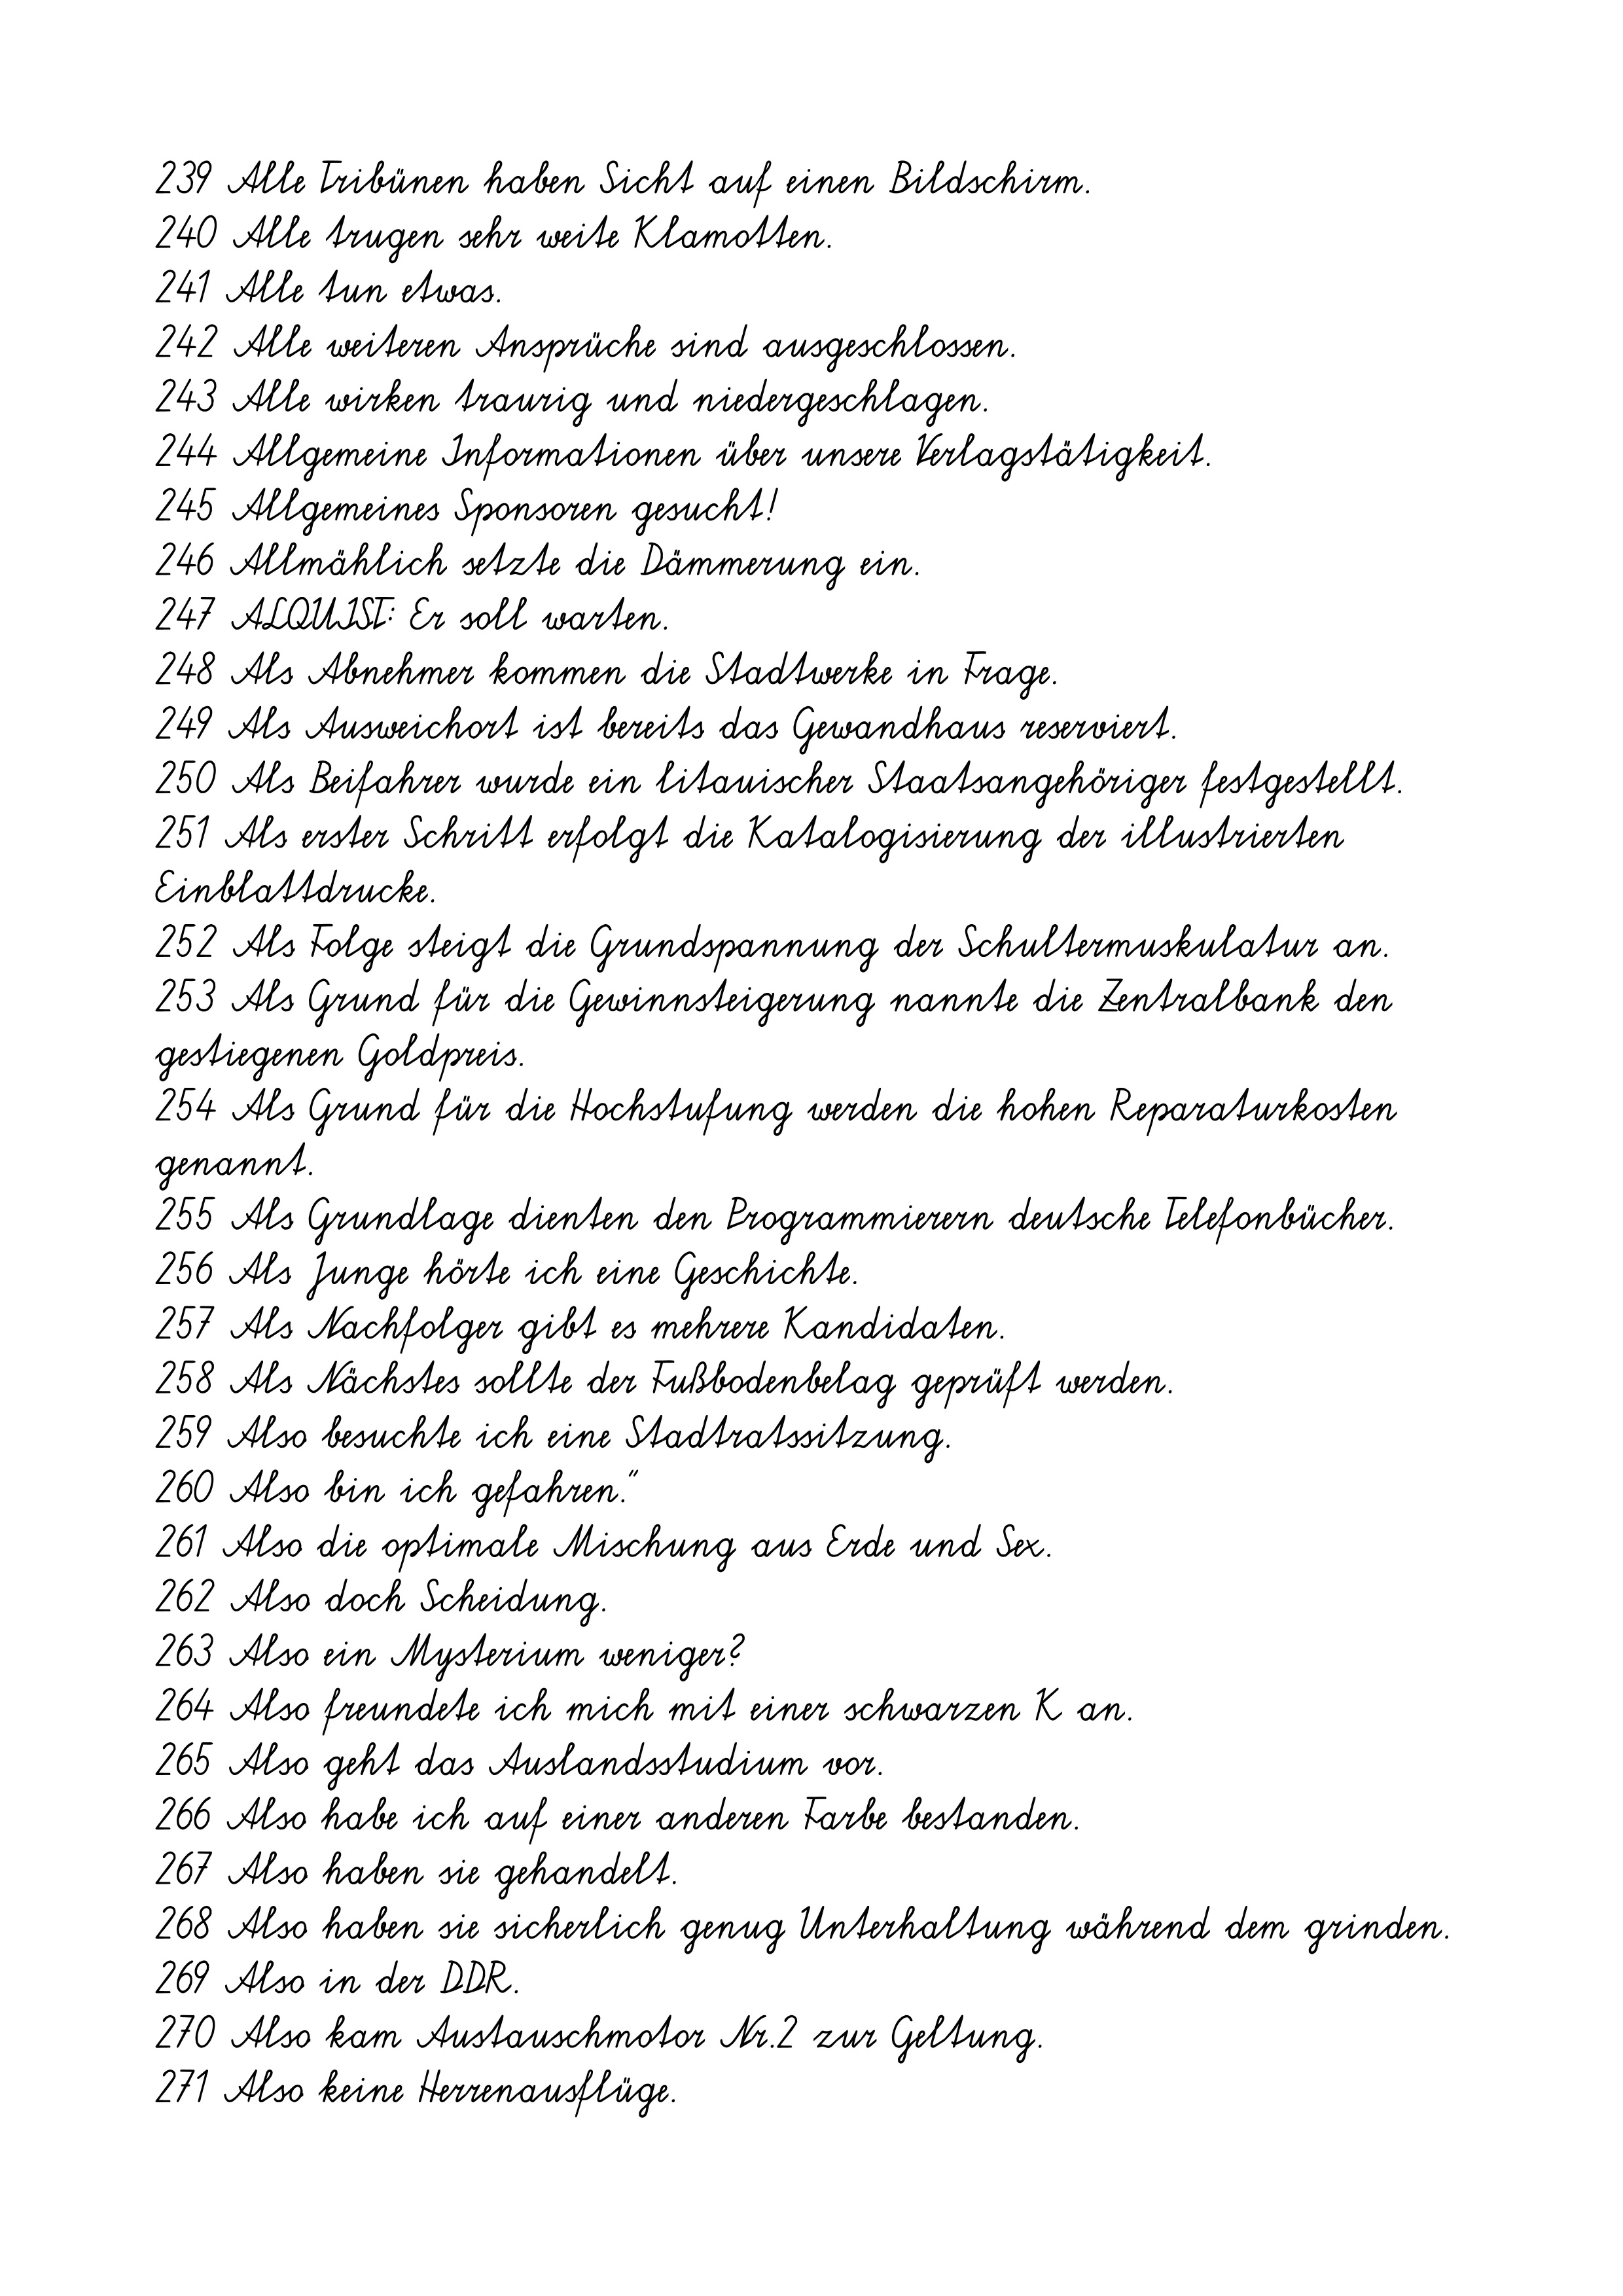
239 Alle Tribünen haben Sicht auf einen Bildschirm.
240 Alle trugen sehr weite Klamotten.
241 Alle tun etwas.
242 Alle weiteren Ansprüche sind ausgeschlossen.
243 Alle wirken traurig und niedergeschlagen.
244 Allgemeine Informationen über unsere Verlagstätigkeit.
245 Allgemeines Sponsoren gesucht!
246 Allmählich setzte die Dämmerung ein.
247 ALQUIST: Er soll warten.
248 Als Abnehmer kommen die Stadtwerke in Frage.
249 Als Ausweichort ist bereits das Gewandhaus reserviert.
250 Als Beifahrer wurde ein litauischer Staatsangehöriger festgestellt.
251 Als erster Schritt erfolgt die Katalogisierung der illustrierten
Einblattdrucke.
252 Als Folge steigt die Grundspannung der Schultermuskulatur an.
253 Als Grund für die Gewinnsteigerung nannte die Zentralbank den
gestiegenen Goldpreis.
254 Als Grund für die Hochstufung werden die hohen Reparaturkosten
genannt.
255 Als Grundlage dienten den Programmierern deutsche Telefonbücher.
256 Als Junge hörte ich eine Geschichte.
257 Als Nachfolger gibt es mehrere Kandidaten.
258 Als Nächstes sollte der Fußbodenbelag geprüft werden.
259 Also besuchte ich eine Stadtratssitzung.
260 Also bin ich gefahren."
261 Also die optimale Mischung aus Erde und Sex.
262 Also doch Scheidung.
263 Also ein Mysterium weniger?
264 Also freundete ich mich mit einer schwarzen K an.
265 Also geht das Auslandsstudium vor.
266 Also habe ich auf einer anderen Farbe bestanden.
267 Also haben sie gehandelt.
268 Also haben sie sicherlich genug Unterhaltung während dem grinden.
269 Also in der DDR.
270 Also kam Austauschmotor Nr.2 zur Geltung.
271 Also keine Herrenausflüge.